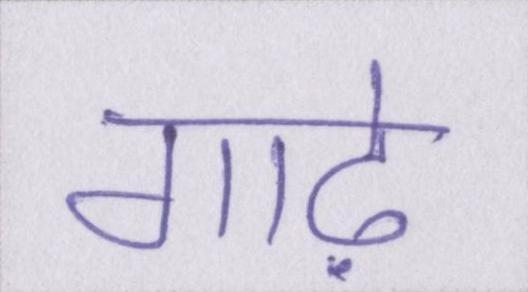
गाढ़े